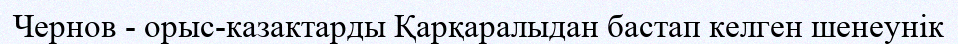
Чернов - орыс-казактарды Қарқаралыдан бастап келген шенеунік